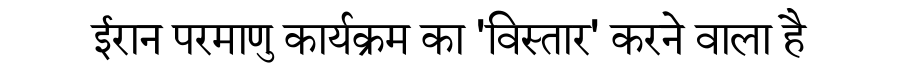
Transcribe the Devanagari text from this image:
ईरान परमाणु कार्यक्रम का 'विस्तार' करने वाला है